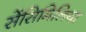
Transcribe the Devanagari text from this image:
सेंसिमिलिया